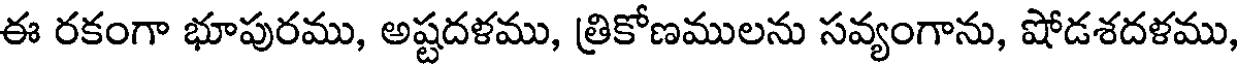
ఈ రకంగా భూపురము, అష్టదళము, త్రికోణములను సవ్యంగాను, షోడశదళము,